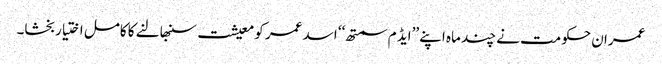
عمران حکومت نے چند ماہ اپنے ’’ایڈ م سمتھ‘‘ اسد عمر کو معیشت سنبھالنے کا کامل اختیار بخشا۔